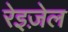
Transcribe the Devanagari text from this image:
रेइज़ेल